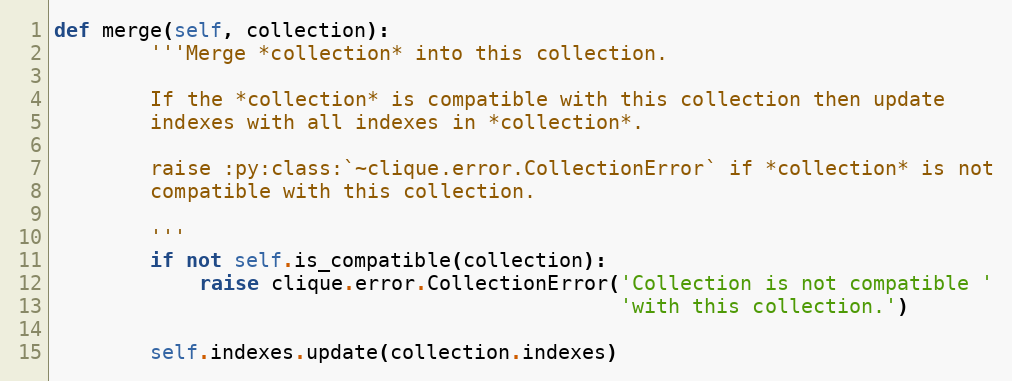
Language: Python
def merge(self, collection):
        '''Merge *collection* into this collection.

        If the *collection* is compatible with this collection then update
        indexes with all indexes in *collection*.

        raise :py:class:`~clique.error.CollectionError` if *collection* is not
        compatible with this collection.

        '''
        if not self.is_compatible(collection):
            raise clique.error.CollectionError('Collection is not compatible '
                                               'with this collection.')

        self.indexes.update(collection.indexes)